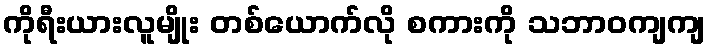
ကိုရီးယားလူမျိုး တစ်ယောက်လို စကားကို သဘာဝကျကျ